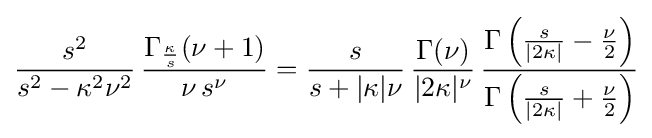
{\frac {s^{2}}{s^{2}-\kappa ^{2}\nu ^{2}}}\,{\frac {\Gamma _{\frac {\kappa }{s}}(\nu +1)}{\nu \,s^{\nu }}}={\frac {s}{s+|\kappa |\nu }}\,{\frac {\Gamma (\nu )}{|2\kappa |^{\nu }}}\,{\frac {\Gamma \left({\frac {s}{|2\kappa |}}-{\frac {\nu }{2}}\right)}{\Gamma \left({\frac {s}{|2\kappa |}}+{\frac {\nu }{2}}\right)}}